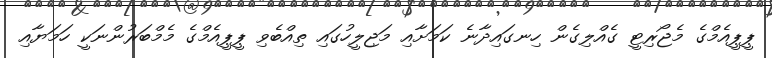
ޕީޕީއެމްގެ މެޖޯރިޓީ ގެއްލިގެން ހިނގައިދާނެ ކަމަށާއި މަޖިލީހުގައި ތިއްބެވި ޕީޕީއެމްގެ މެމްބަރުންނަކީ ހަމަޔާއި